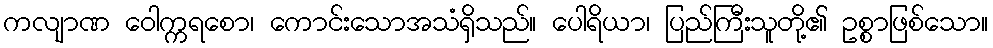
ကလျာဏ ဝေါက္ကရစော၊ ကောင်းသောအသံရှိသည်။ ပေါရိယာ၊ ပြည်ကြီးသူတို့၏ ဥစ္စာဖြစ်သော။